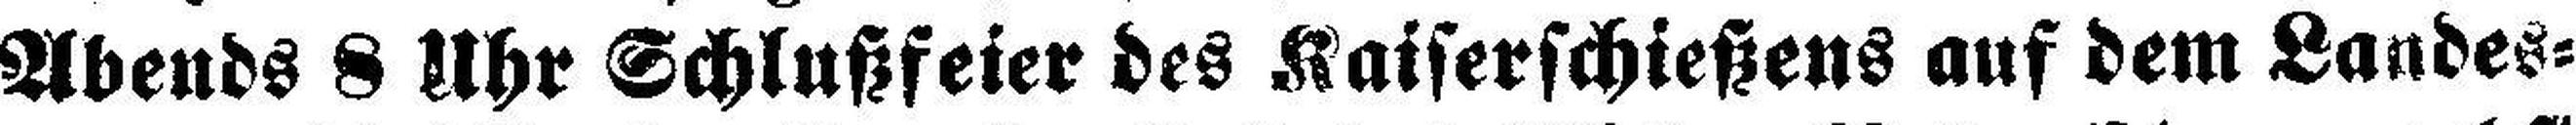
Abends 8 Uhr Schlußfeier des Kaiserschießens auf dem Landes¬